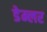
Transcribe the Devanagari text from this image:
डेम्लर